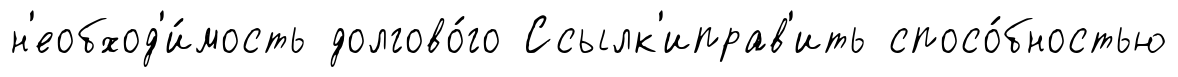
н'еобход'и́мость долгово́го Ссылк'иправ'ить спосо́бностью